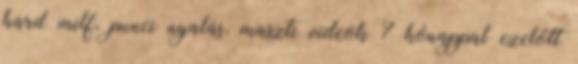
hard milf, punci nyalás, maszti videok 7 hónappal ezelőtt